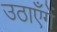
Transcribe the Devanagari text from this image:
उठाएँगें